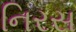
નિરસ